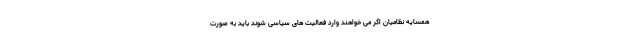
همسایه نظامیان اگر می خواهند وارد فعالیت های سیاسی شوند باید به صورت